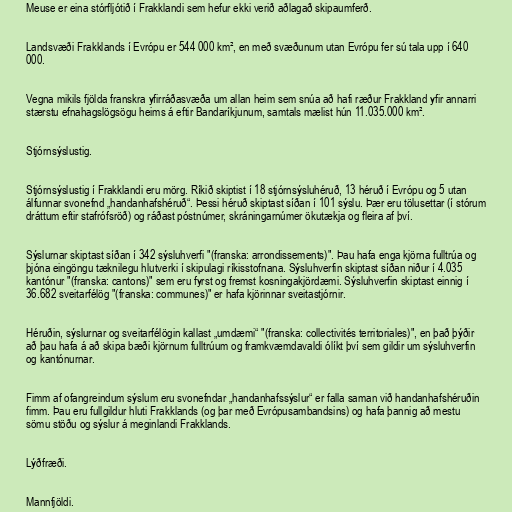
Meuse er eina stórfljótið í Frakklandi sem hefur ekki verið aðlagað skipaumferð.

Landsvæði Frakklands í Evrópu er 544 000 km², en með svæðunum utan Evrópu fer sú tala upp í 640
000.

Vegna mikils fjölda franskra yfirráðasvæða um allan heim sem snúa að hafi ræður Frakkland yfir annarri
stærstu efnahagslögsögu heims á eftir Bandaríkjunum, samtals mælist hún 11.035.000 km².

Stjórnsýslustig.

Stjórnsýslustig í Frakklandi eru mörg. Ríkið skiptist í 18 stjórnsýsluhéruð, 13 héruð í Evrópu og 5 utan
álfunnar svonefnd „handanhafshéruð“. Þessi héruð skiptast síðan í 101 sýslu. Þær eru tölusettar (í stórum
dráttum eftir stafrófsröð) og ráðast póstnúmer, skráningarnúmer ökutækja og fleira af því.

Sýslurnar skiptast síðan í 342 sýsluhverfi "(franska: arrondissements)". Þau hafa enga kjörna fulltrúa og
þjóna eingöngu tæknilegu hlutverki í skipulagi ríkisstofnana. Sýsluhverfin skiptast síðan niður í 4.035
kantónur "(franska: cantons)" sem eru fyrst og fremst kosningakjördæmi. Sýsluhverfin skiptast einnig í
36.682 sveitarfélög "(franska: communes)" er hafa kjörinnar sveitastjórnir.

Héruðin, sýslurnar og sveitarfélögin kallast „umdæmi“ "(franska: collectivités territoriales)", en það þýðir
að þau hafa á að skipa bæði kjörnum fulltrúum og framkvæmdavaldi ólíkt því sem gildir um sýsluhverfin
og kantónurnar.

Fimm af ofangreindum sýslum eru svonefndar „handanhafssýslur“ er falla saman við handanhafshéruðin
fimm. Þau eru fullgildur hluti Frakklands (og þar með Evrópusambandsins) og hafa þannig að mestu
sömu stöðu og sýslur á meginlandi Frakklands.

Lýðfræði.

Mannfjöldi.